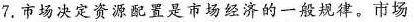
7.市场决定资源配置是市场经济的一般规律。市场